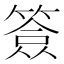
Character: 𥱣